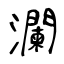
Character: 瀾